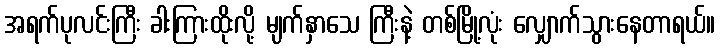
အရက်ပုလင်းကြီး ခါးကြားထိုးလို့ မျက်နှာသေ ကြီးနဲ့ တစ်မြို့လုံး လျှောက်သွားနေတာရယ်။